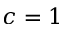
c = 1